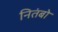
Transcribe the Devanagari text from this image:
नितंबो